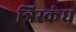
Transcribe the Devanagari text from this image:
त्रिस्कंध